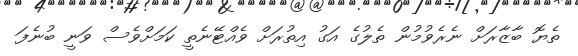
ތެޔޮ ބާޒާރަށް ނެރެވުމުން ތެލުގެ އަގު އިތުރަށް ވެއްޓޭނެތީ ކަމަށްވެސް ވަނީ ބުނެފަ